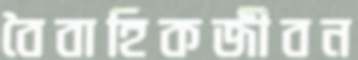
বৈবাহিকজীবন